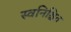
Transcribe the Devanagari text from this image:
स्वनिश्चित